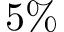
5 \%